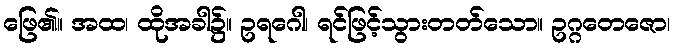
ဖြေ၏။ အထ၊ ထိုအခါ၌။ ဥရဂေါ၊ ရင်ဖြင့်သွားတတ်သော။ ဥဂ္ဂတေဇော၊